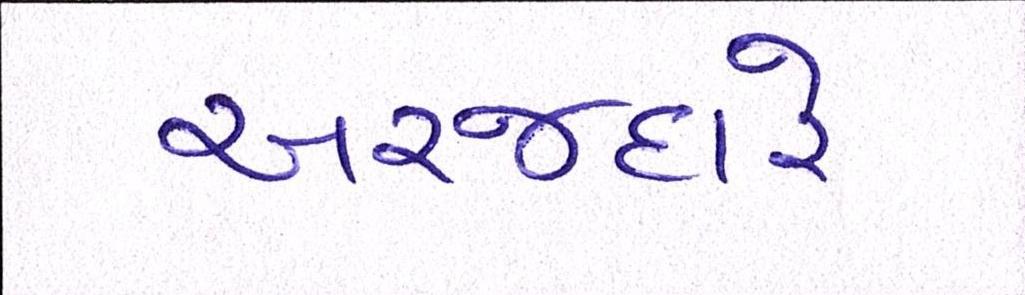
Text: અરજદારે